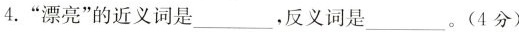
4.”漂亮”的近义词是___，反义词是___。(4分)